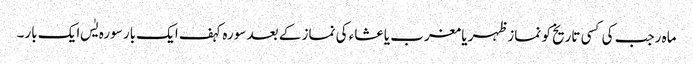
ماہ رجب کی کسی تاریخ کو نماز ظہر یا مغرب یا عشاء کی نماز کے بعد سورہ کہف ایک بار سورہ یٰس ایک بار۔